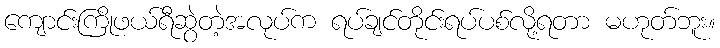
ကျောင်းကြိုဖယ်ရီဆွဲတဲ့အလုပ်က ရပ်ချင်တိုင်းရပ်ပစ်လို့ရတာ မဟုတ်ဘူး။